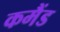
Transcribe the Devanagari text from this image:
कमैंड